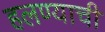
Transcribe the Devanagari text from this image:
हलण्याची